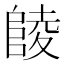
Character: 𱀘